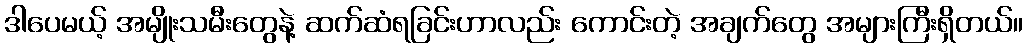
ဒါပေမယ့် အမျိုးသမီးတွေနဲ့ ဆက်ဆံရခြင်းဟာလည်း ကောင်းတဲ့ အချက်တွေ အများကြီးရှိတယ်။